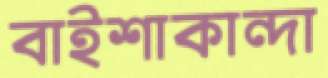
বাইশাকান্দা